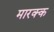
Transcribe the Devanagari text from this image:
मारक्क